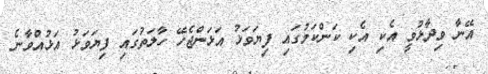
އޭނާ ވިދާޅުވީ އެކި އެކި ކަންކަމުގައި ފިޔަވަޅު އަޅަންޖެހޭ ހާލަތުގައި ފިޔަވަޅު އަޅުއްވާނެ